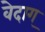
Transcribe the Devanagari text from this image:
वेदाग्